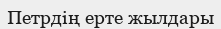
Петрдің ерте жылдары